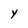
Character: y